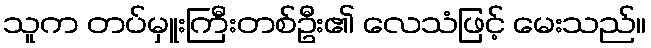
သူက တပ်မှူးကြီးတစ်ဦး၏ လေသံဖြင့် မေးသည်။